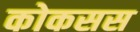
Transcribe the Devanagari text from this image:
कोकसस